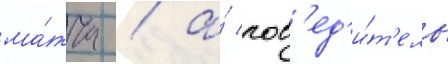
ма́тча / а́ поб'ед'и́т'ель